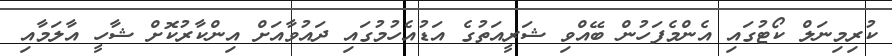
ކުރިމިނަލް ކޯޓުގައި އެންމެފަހުން ބޭއްވި ޝަރީއަތުގެ އަޑުއެހުމުގައި ދައުވާއަށް އިންކާރުކޮށް ޝާހީ އާލަމާއި